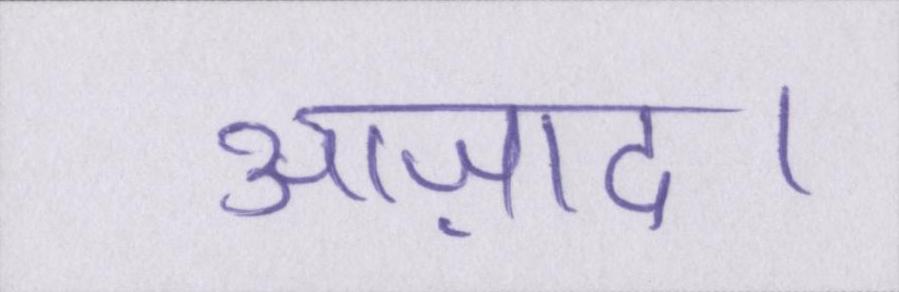
आज़ाद।